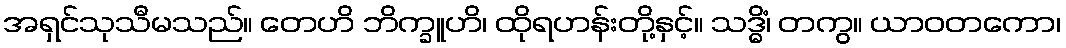
အရှင်သုသီမသည်။ တေဟိ ဘိက္ခူဟိ၊ ထိုရဟန်းတို့နှင့်။ သဒ္ဓိံ၊ တကွ။ ယာဝတကော၊